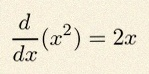
\frac{d}{dx}(x^2)=2x